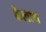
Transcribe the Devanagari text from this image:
कैलाथ